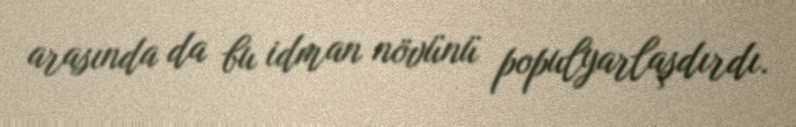
arasında da bu idman növünü populyarlaşdırdı.